Civil Veterinary Dept. Bombay admin report 1900-1906 - 1900-1906
Year: 1900
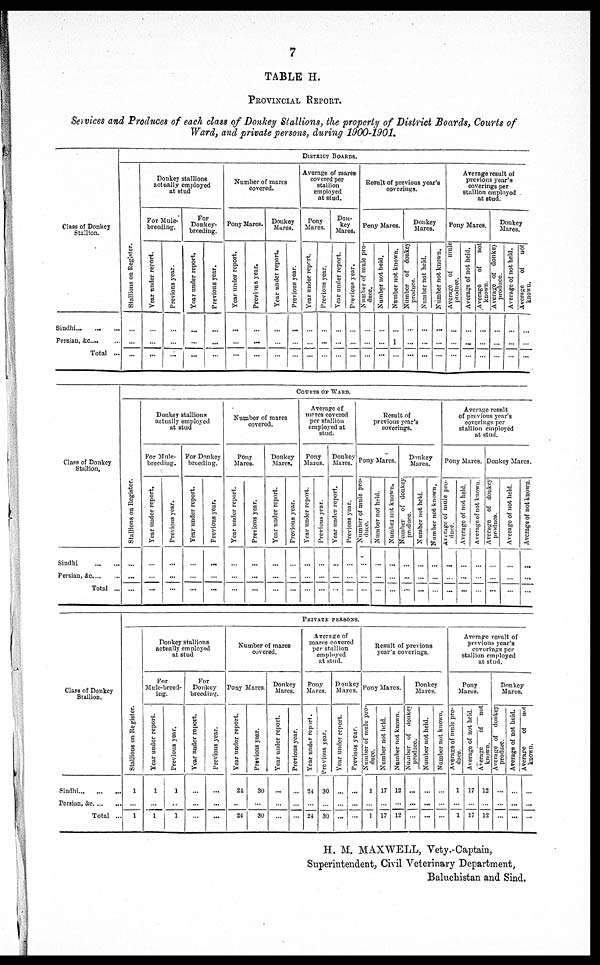
7
TABLE H.
PROVINCIAL REPORT.
Services and Produces of each class of Donkey Stallions, the property of District Boards, Courts of
Ward, and private persons, during 1900-1901.
Class of Donkey
Stallion.
Sindhi
...
...
...
Persian, &c ... ...
Total ...
DISTRICT
BOARDS.
Stallions on Register.
...
...
...
Donkey stallions
actually employed
at stud
For Mule¬
breeding.
Year under report.
...
...
...
Previous year.
...
...
...
For
Donkey¬
breeding.
Year under report.
...
...
...
Previous year.
...
...
...
Number of mares
covered.
Pony Mares.
Year under report.
...
...
...
Previous year.
...
...
...
Donkey
Mares.
Year under report.
...
...
...
Previous year.
...
...
...
Average of mares
covered per
stallion
employed
at stud.
Pony
Mares.
Year
under report.
...
...
...
Previous year.
...
...
...
Don-
key
Mares.
Year under report.
...
...
...
Previous year.
...
...
...
Result of previous year's
coverings.
Pony Mares.
Number of mule pro-
duce.
...
...
...
Number not held.
...
...
...
Number not known.
...
...
...
Donkey
Mares.
Number of donkey
produce.
...
...
...
Number not held.
...
...
...
Number
not known.
...
...
...
Average result of
previous year's
coverings per
Stallion employed
at stud.
Pony Mares.
Average of
mule
produce.
...
...
...
Average of not held.
...
...
...
Average
of
not
known.
...
...
...
Donkey
Mares.
Average of donkey
produce.
...
...
...
Average of not held.
...
...
...
Average
of
not
known.
...
...
...
Class of Donkey
Stallion.
Sindhi
...
...
Persian, &c. ... ...
Total ...
COURTS OF WARD.
St al l
i
ons on Register.
...
...
...
Donkey stallions
actually employed
at stud
For Mule¬
breeding.
Year under report.
...
...
...
Previous year.
...
...
...
For Donkey
breeding.
Year under report.
...
...
...
Previous year.
...
...
...
Number of mares
covered.
Pony
Mares.
Year under report.
...
...
...
Previous year.
...
...
...
Donkey
Mares.
Year under report.
...
...
...
Previous year.
...
...
...
Average of
mares covered
per stallion
employed at
stud.
Pony
Mares.
Year under report.
...
...
...
Previous year.
...
...
...
Donkey
Mares.
Year under report.
...
...
...
Previous year.
...
...
...
Result of
previous year's
coverings.
Pony Mares.
Number of mule pro-
duce.
...
...
...
Number not held.
...
...
...
Number not known.
...
...
...
Donkey
Mares.
Number of donkey
produce.
...
...
...
Number not held.
...
...
...
Number not known.
...
...
...
Average result
of previous year's
coverings per
stallion employed
at stud.
Pony Mares.
Average of mule pro-
duce.
...
...
...
Average of not held.
...
...
...
Average of not known
...
...
...
Donkey Mares.
Average
of donkey
produce.
...
...
...
Average of not held.
...
...
...
Average of not known.
...
...
...
Class of Donkey
Stallion.
Sindhi ... ... ...
Persian, &c. ... ...
Total ...
PRIVATE
PERSONS.
Stallions on Register.
1
...
1
Donkey stallions
actually employed
at stud
For
Mule-breed-
ing.
Year under report.
1
...
1
Previous year.
1
...
1
For
Donkey
breeding.
Year under report.
...
...
...
Previous year.
...
...
...
Number of mares
covered.
Pony Mares
Year under report.
24
...
24
Previous year.
30
...
30
Donkey
Mares.
Year under report.
...
...
...
Previous year.
...
...
...
Average of
mares covered
per stallion
employed
at stud.
Pony
Mares.
Year under report.
24
...
24
Previous year.
30
...
30
Donkey
Mares.
Year under report.
...
...
...
Previous year.
...
...
...
Result of previous
year's coverings.
Pony Mares.
Number of mule pro-
duce.
1
...
1
Number not held.
17
...
17
Number not known.
12
...
12
Donkey
Mares.
Number of donkey
produce.
...
...
...
Number not held.
...
...
...
Number not known.
...
...
...
Average result of
previous year's
coverings per
stallion employed
at stud.
Pony
Mares.
Average of mule pro-
duce.
1
...
1
Average of not held.
17
...
17
Average of not
known.
12
...
12
Donkey
Mares.
Average of donkey
produce.
...
...
...
Average of not held.
...
...
...
Average of not
known.
...
...
...
H. M. MAXWELL, Vety.-Captain,
Superintendent, Civil Veterinary Department,
Baluchistan and Sind.